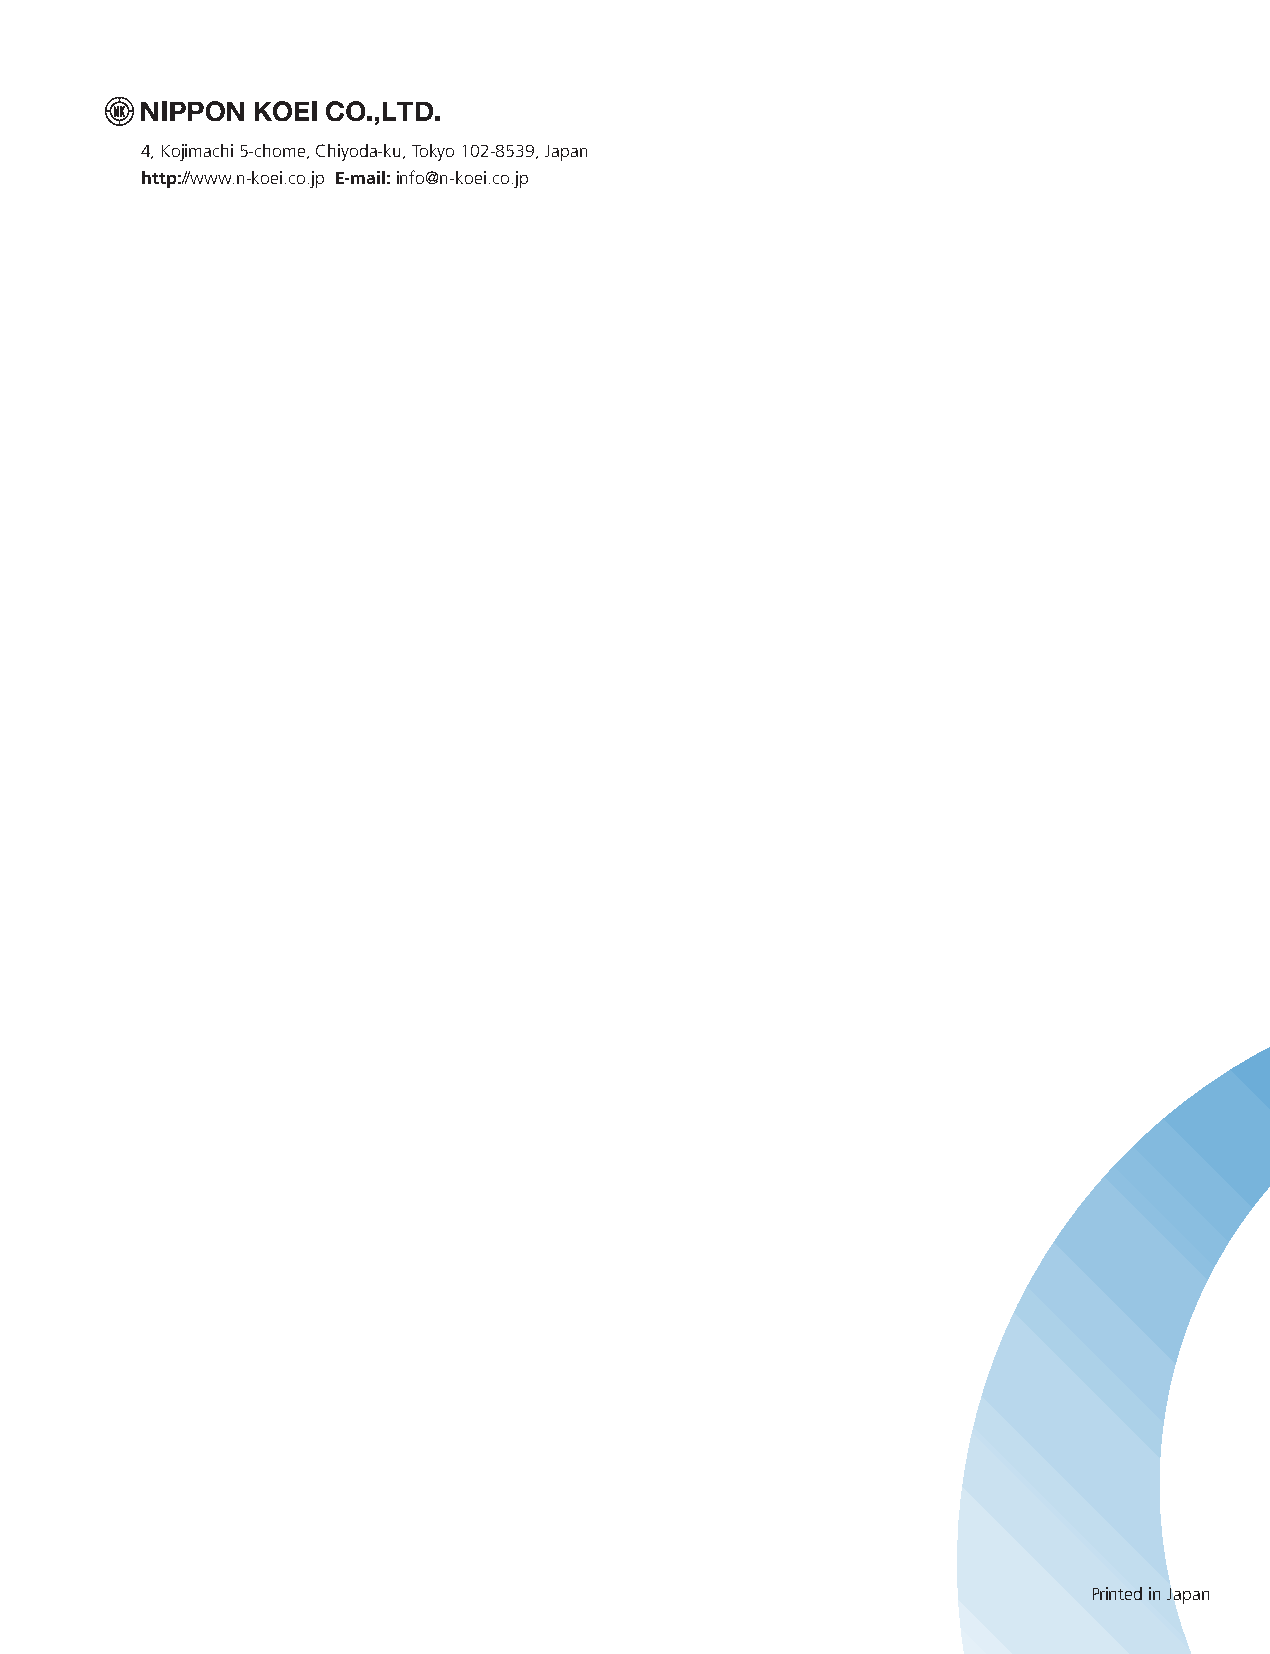
4, Kojimachi 5-chome, Chiyoda-ku, Tokyo 102-8539, Japan
 http://www.n-koei.co.jp E-mail: info@n-koei.co.jp
 Financial             Report
 Year ended June 30, 2015
 Printed in Japan
 005_0612001372710.indd 2-1                                                                                                                                  2015/11/11 16:54:36